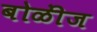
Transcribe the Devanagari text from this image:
बोळींज